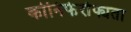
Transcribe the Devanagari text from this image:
कोनिफेरोफ्यता